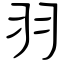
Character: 羽